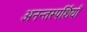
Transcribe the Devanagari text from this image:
अनन्तस्पर्शियाँ